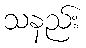
သနည်း